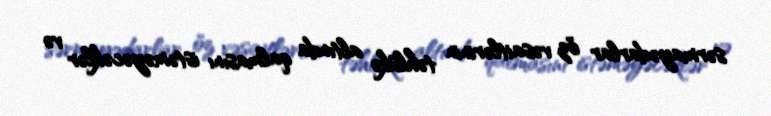
sərmayədarlar öz vəsaitlərinin təhlükə altında qalmasını istəməyəcəklər və